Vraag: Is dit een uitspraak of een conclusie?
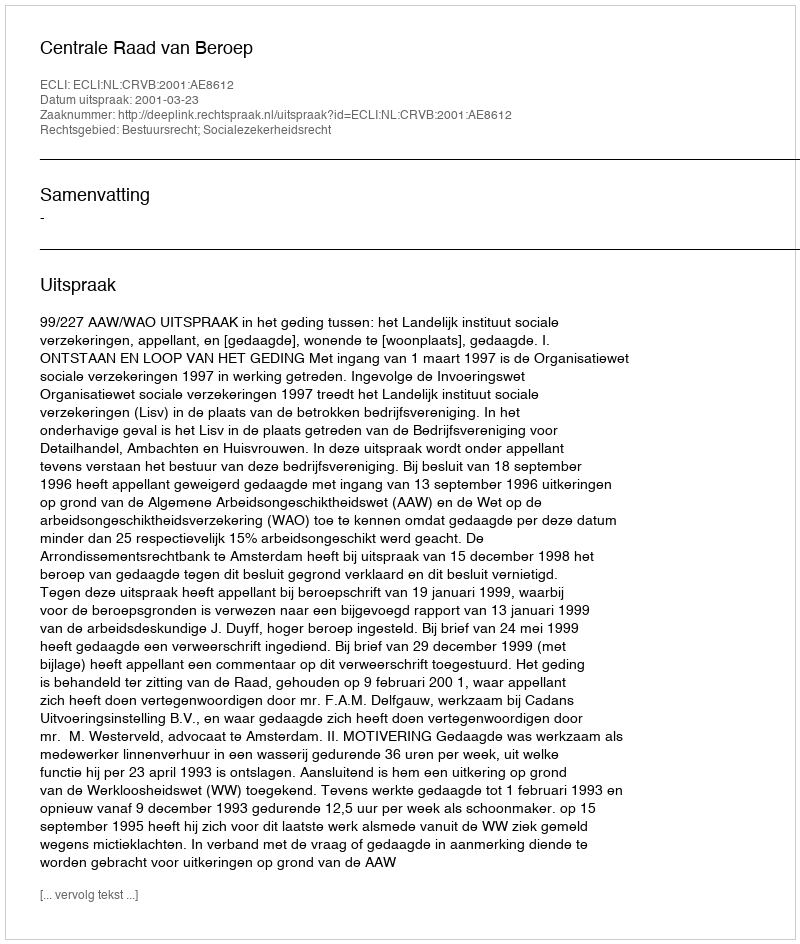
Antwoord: Uitspraak